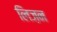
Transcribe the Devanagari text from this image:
लिज़न